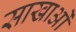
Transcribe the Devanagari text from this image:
साखाओं